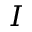
I